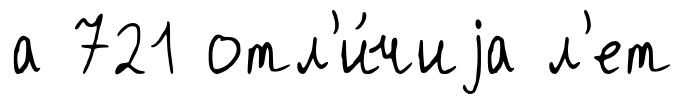
а 721 отл'и́чиjа л'ет